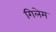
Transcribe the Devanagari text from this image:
गिलेम